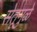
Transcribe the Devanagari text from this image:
सेतूमुळे